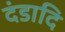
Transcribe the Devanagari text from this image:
दंडादि